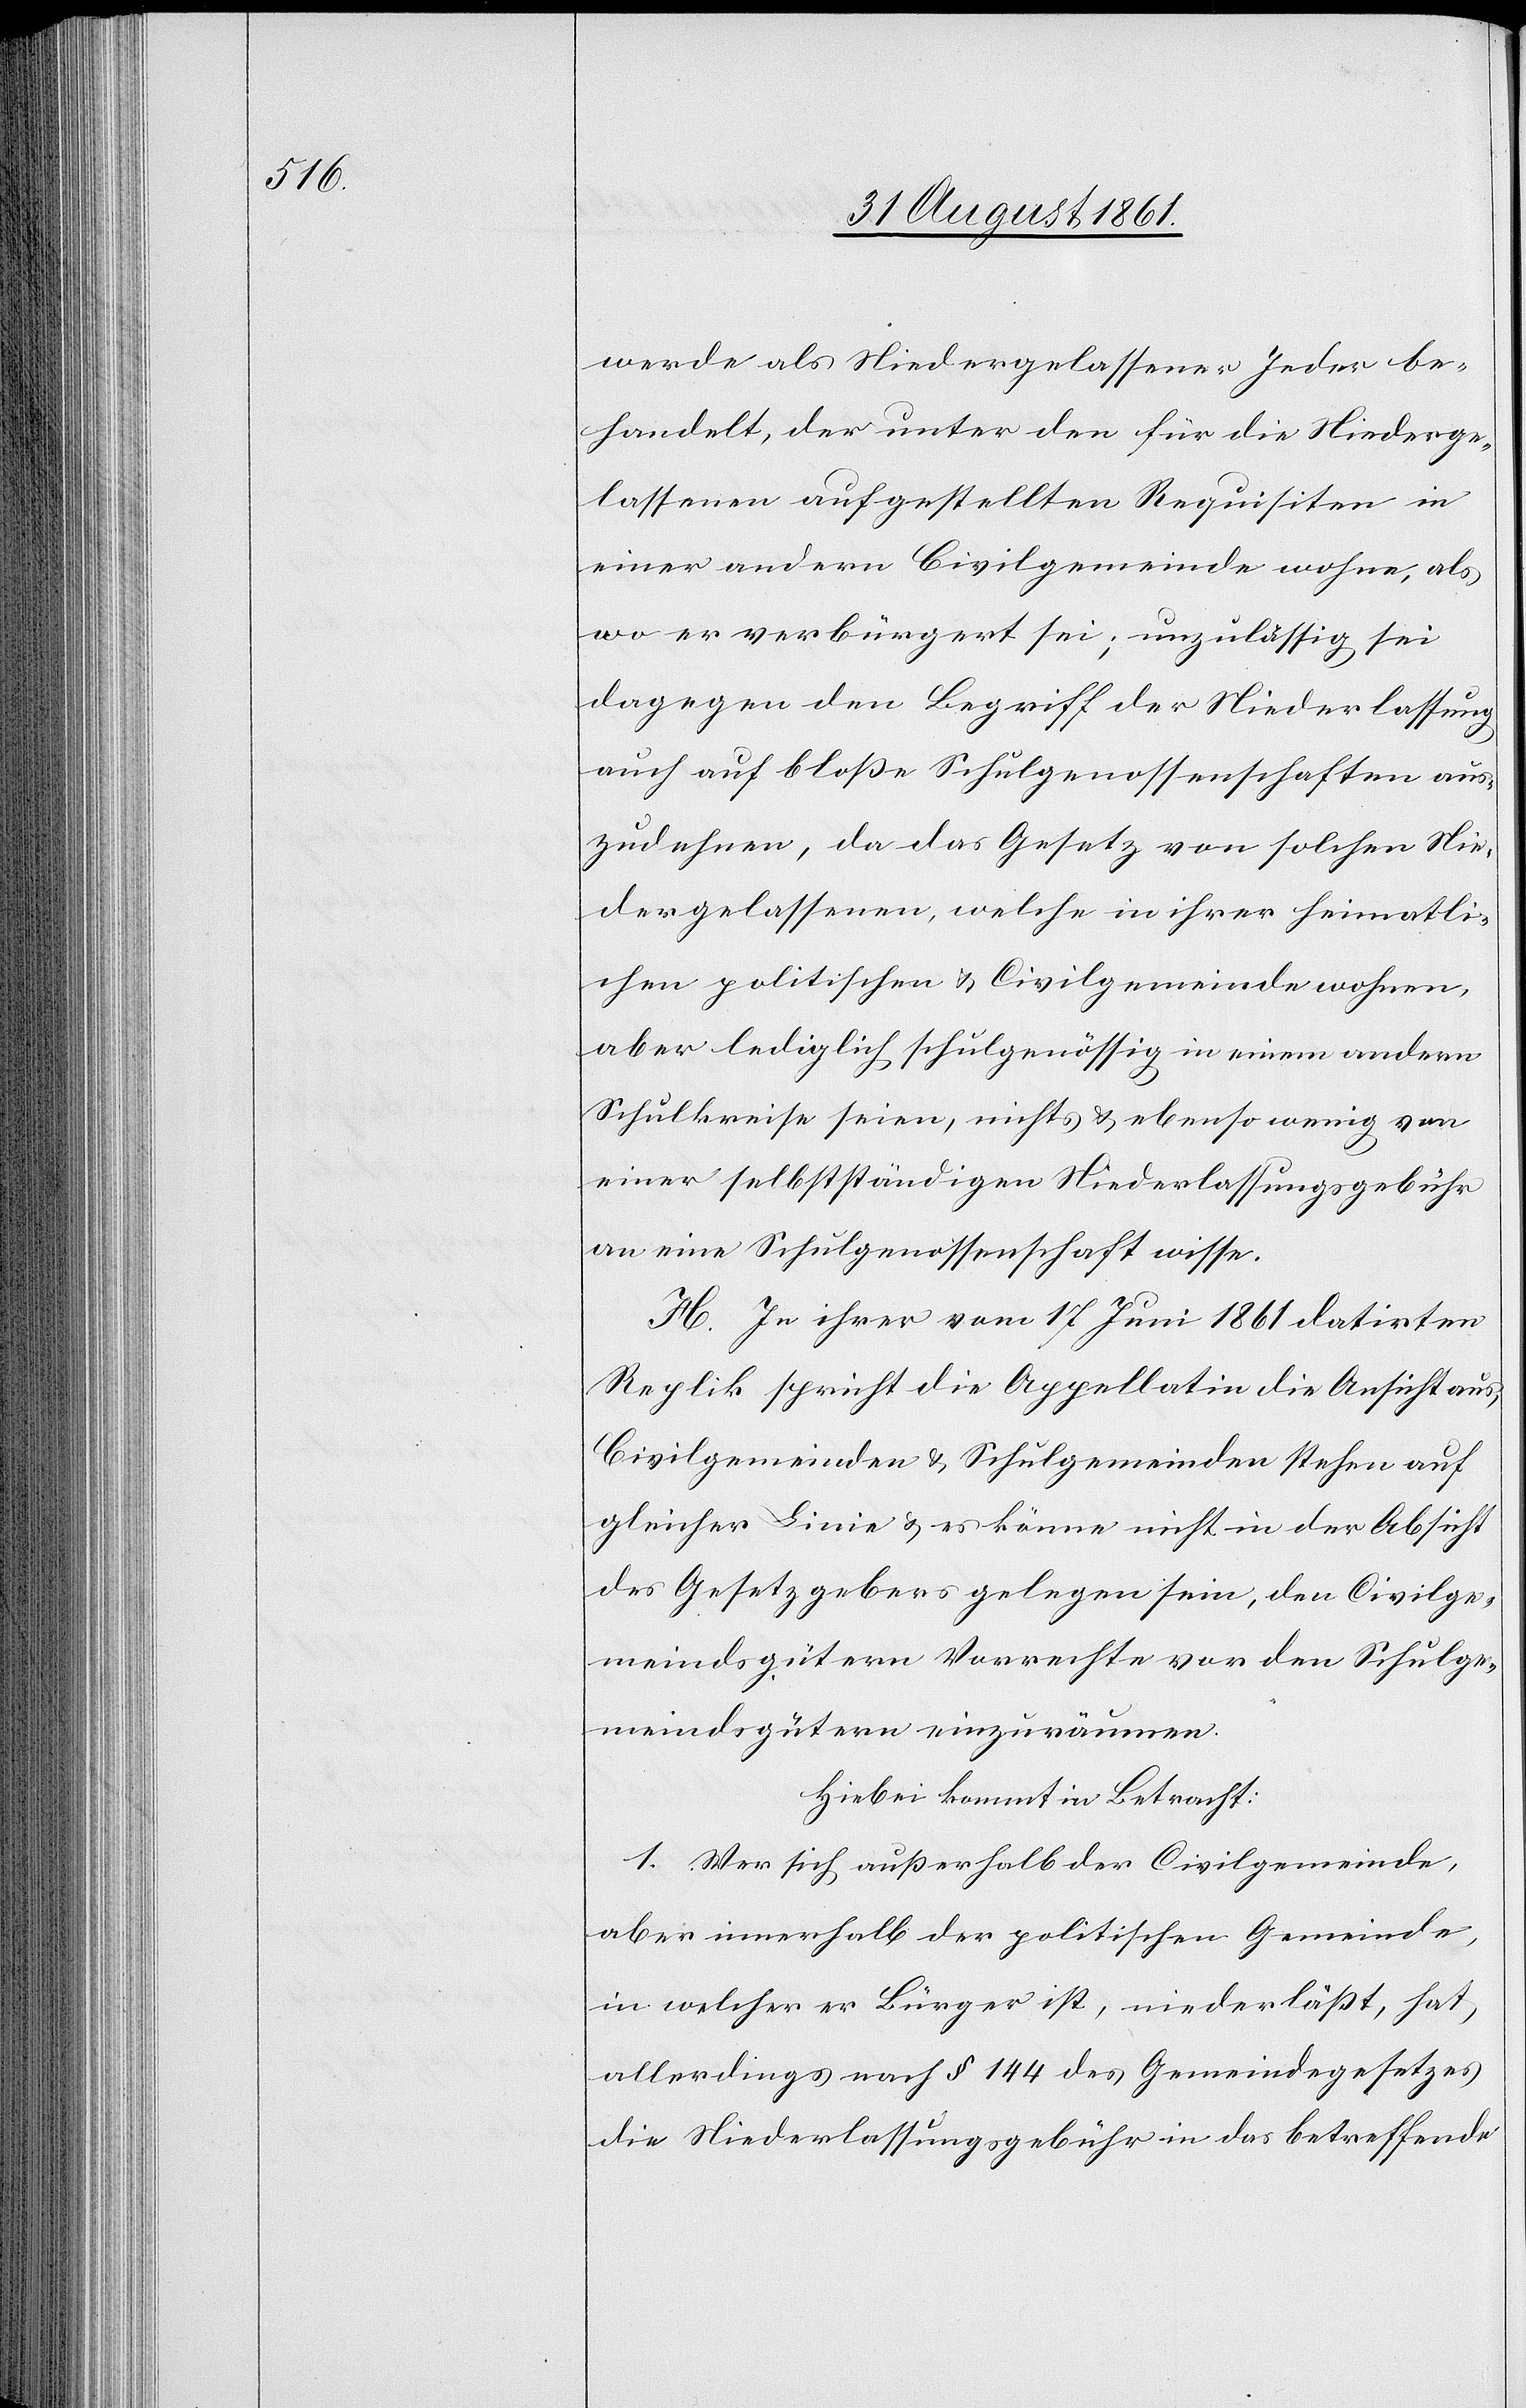
werde als Niedergelassener Jeder be¬
handelt, der unter den für die Niederge¬
lassenen aufgestellten Requisiten in
einer andern Civilgemeinde wohne, als
wo er verbürgert sei; unzuläßig sei
dagegen den Begriff der Niederlassung
auch auf bloße Schulgenossenschaften aus¬
zudehnen, da das Gesetz von solchen Nie¬
dergelassenen, welche in ihrer heimatli¬
chen politischen u. Civilgemeinde wohnen,
aber lediglich schulgenössig in einem andern
Schulkreise seien, nichts u. ebenso wenig von
einer selbstständigen Niederlassungsgebühr
an eine Schulgenossenschaft wisse.
H. In ihrer vom 17 Juni 1861 datirten
Replik spricht die Appellation die Ansicht aus,
Civilgemeinden u. Schulgemeinden stehen auf
gleicher Linie u. es könne nicht in der Absicht
des Gesetzgebers gelegen sein, den Civilge¬
meindsgütern Vorrechte vor den Schulge¬
meindgütern einzuräumen.
Hiebei kommt in Betracht:
1. Wer sich außerhalb der Civilgemeinde,
aber innerhalb der politischen Gemeinde
in welcher er Bürger ist, niederläßt, hat,
allerdings nach § 144 des Gemeindegesetzes
die Niederlaßungsgebühr in das betreffende